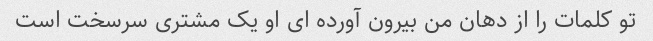
تو کلمات را از دهان من بیرون آورده ای او یک مشتری سرسخت است